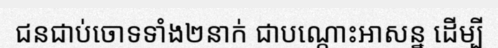
ជនជាប់ចោទទាំង២នាក់ ជាបណ្តោះអាសន្ន ដើម្បី